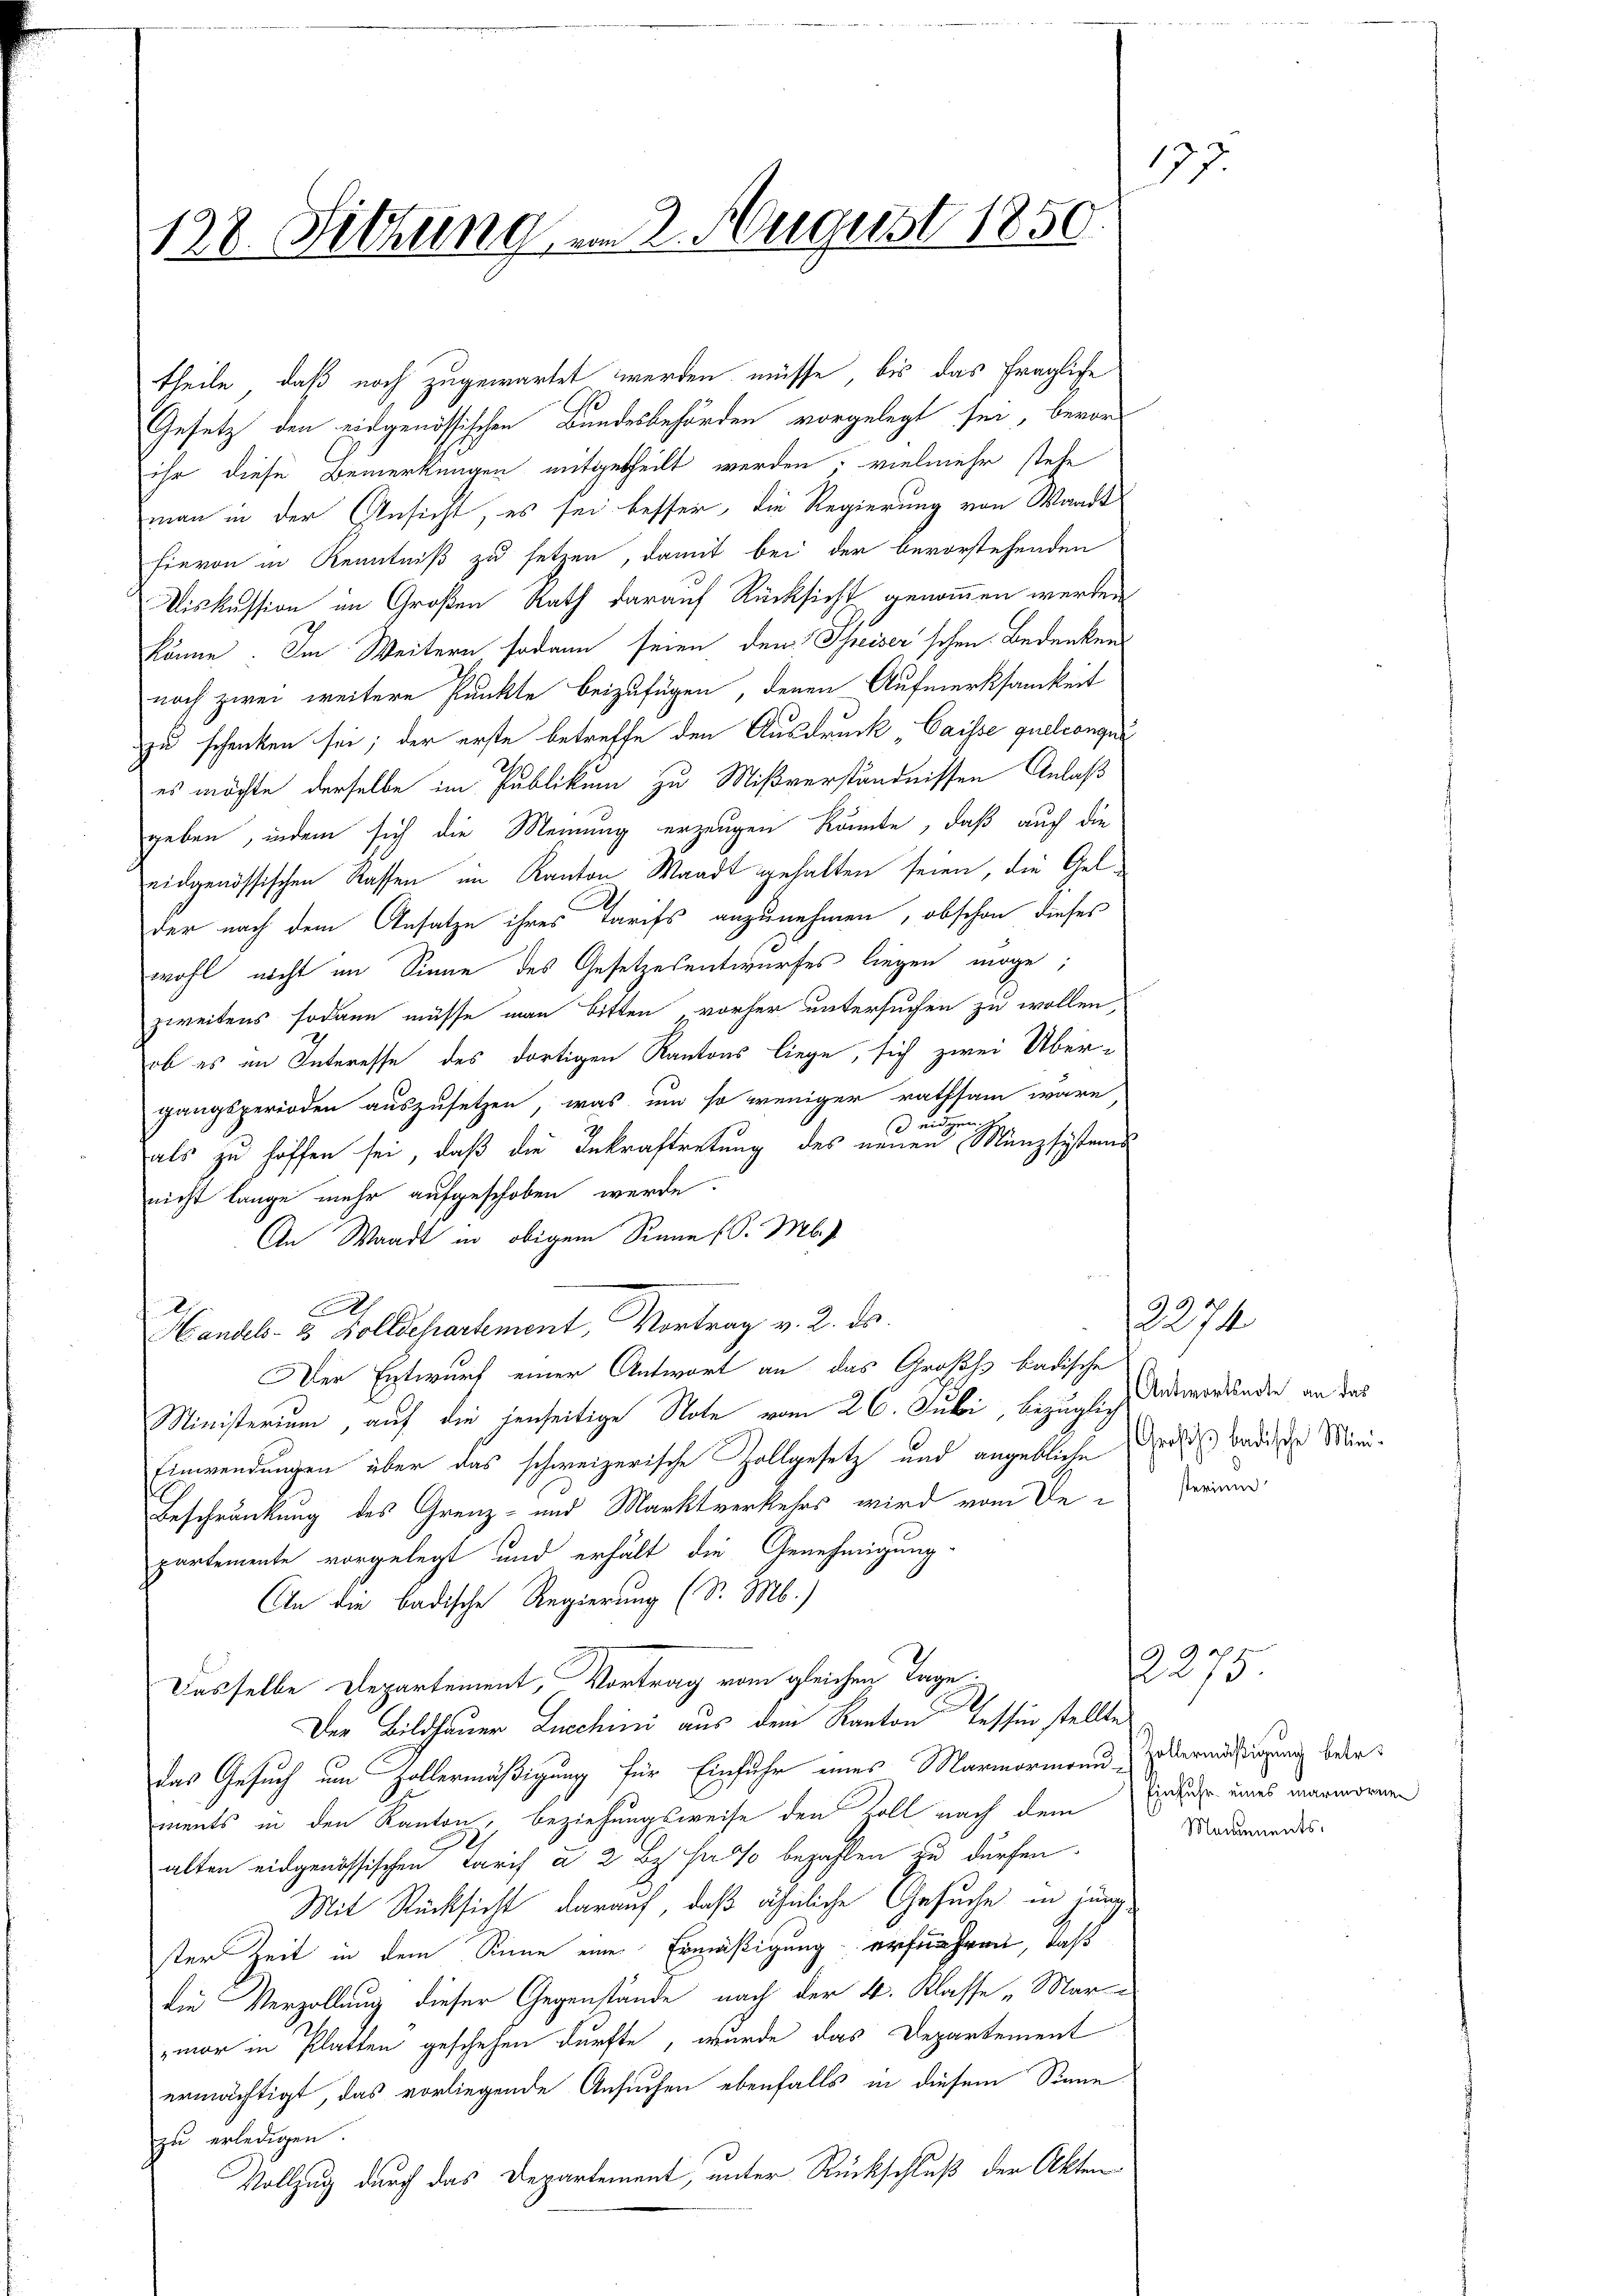
128. Sitzung am 2. August 1850

theile, daß noch zugewartet werden müsse, bis das fragliche
Gesetz den eidgenössischen Bundesbehörden vorgelegt sei, bevorihr diese Bemerkungen mitgetheilt werden, vielmehr stehe
man in der Ansicht, es sei besser, die Regierung von Waadt
hievon in Kenntniß zu setzen, damit bei der bevorstehenden
Diskussion im Großen Rath darauf Rücksicht genommen werden
könne. Im Weitern sodann seien den Schreiser'schen Bedenken
noch zwei weitere Punkte beizufügen, denen Aufmerksamkeit
zu schenken sei; der erste betreffe den Ausdruck, Caisse quelconque
es möchte derselbe im Publikum zu Mißverständnissen Anlaß
geben, indem sich die Meinung erzeugen könnte, daß auch die
eidgenössischen Rassen im Kanton Waadt gehalten seien, die Gel-
der nach dem Ansatze ihres Tarifs anzunehmen, obschon dieses
wohl nicht im Sinne des Gesetzesentwurfes liegen möge;
zweitens sodann müsse man bitten vorher untersuchen zu wollen,
ob es in Interesse des dortigen Kantons liege, sich zwei Übergangsperioden auszusetzen, was um so weniger rathsam wäre
drigen
als zu hoffen sei, daß die Inkraftretung des neuen Münzsystems
nicht lange mehr aufgeschoben werde.
An Waadt in obigem Sinne (S. M.
Handels- u. Zolldepartement, Vortrag v. 2. ds.
Der Entwurf einer Antwort an das Großss badische
Ministerium, auf die jenseitige Note vom 26. Juli, bezüglich
Einwendungen über das schweizerische Zollgesetz und angebliche
Beschränkung des Grenz- und Marktverkehrs wird vom Departemente vorgelegt und erhält die Genehmigung-
An die badische Regierung (S. M.)
Dasselbe Departement, Vortrag vom gleichen Tage.
Der Bildhauer Lucchini aus dem Kanton Tessin stellte
das Gesuch um Zollermäßigung für Einfuhr eines Marmormann zu ermässigung beerments in den Kanton, beziehungsweise den Zoll nach dem
l
alten eidgenössischen Tarif à 2 Bz. hat bezahlen zu dürfen.
Mit Rücksicht darauf, daß ähnliche Gesuche in jung
ster Zeit in dem Sinne eine Ermäßigung erfuhren, daß
die Verzöllung dieser Gegenstände nach der 4. Klasse „Mari
mor in Platten geschehen dürfte, wurde das Departement
ermächtigt, das vorliegende Ansuchen ebenfalls in diesem Sinne
zu erledigen.
Vollzug durch das Departement, unter Rückschluß der Akten

137.

2274
Antwortsnote an das
Großh. badische Ministerium

2275
Einfuhr eines Marmornen
Monuments.